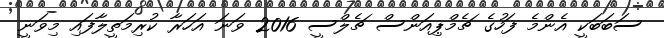
ސަބަބަކީ އެންމެ ފަހުގެ ޗެމްޕިއަންސް ޗެލްސީ 2016 ވަނަ އަހަރާ ކުރިމަތީލާފައި މިވަނީ